Senior Leaving Certificate Examination (including Day School Certificate (Higher) General paper), 1946
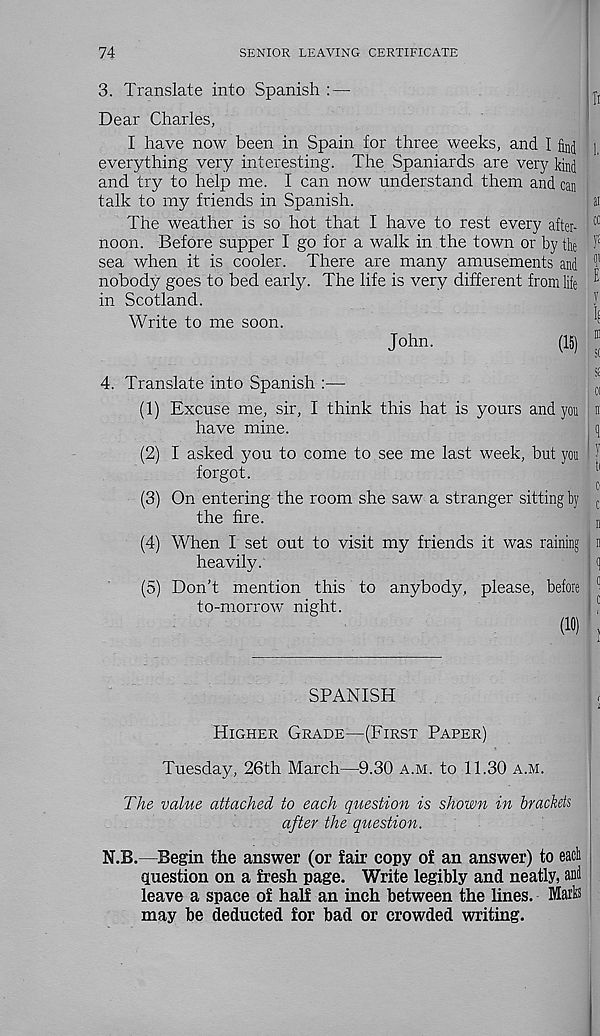
74
SENIOR LEAVING CERTIFICATE
3. Translate into Spanish : —
Dear Charles,
I have now been in Spain for three weeks, and I find
everything very interesting. The Spaniards are very kind
and try to help me. I can now understand them and can
talk to my friends in Spanish.
The weather is so hot that I have to rest every after-
noon. Before supper I go for a walk in the town or by the
sea when it is cooler. There are many amusements and
nobody goes to bed early. The life is very different from life
in Scotland.
Write to me soon.
John.
(15)
4. Translate into Spanish :—
(1) Excuse me, sir, I think this hat is yours and you
have mine.
(2) I asked you to come to see me last week, but you
forgot.
(3) On entering the room she saw a stranger sitting by
the fire.
(4) When I set out to visit my friends it was raining
heavily.
(5) Don’t mention this to anybody, please, before
to-morrow night.
(10)
SPANISH
Higher Grade—(First Paper)
Tuesday, 26th March—9.30 a.m. to 11.30 a.m.
The value attached to each question is shown in brackets
after the question.
N.B.—Begin the answer (or fair copy of an answer) to each
question on a fresh page. Write legibly and neatly, and
leave a space of half an inch between the lines. Marls
may be deducted for bad or crowded writing.